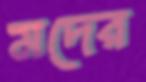
মদের